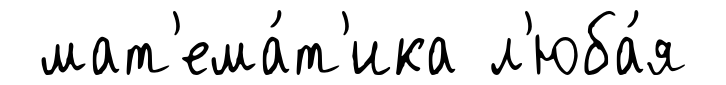
мат'ема́т'ика л'юба́я